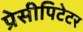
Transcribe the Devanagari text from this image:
प्रेसीपिटेटर